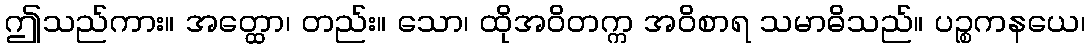
ဤသည်ကား။ အတ္ထော၊ တည်း။ သော၊ ထိုအဝိတက္က အဝိစာရ သမာဓိသည်။ ပဉ္စကနယေ၊